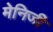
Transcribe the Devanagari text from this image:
मेनिजी